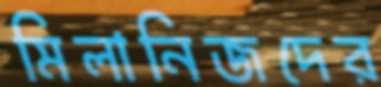
মিলানিজদের